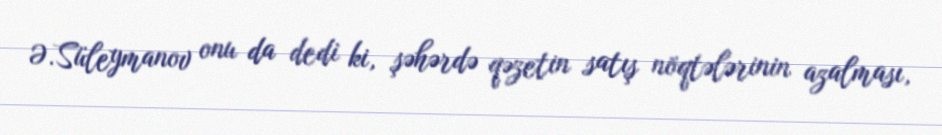
Ə.Süleymanov onu da dedi ki, şəhərdə qəzetin satış nöqtələrinin azalması,